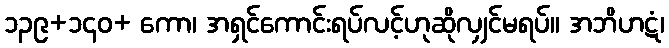
၁၃၉+၁၄၀+ ကော၊ အရှင်ကောင်းရပ်လင့်ဟုဆိုလျှင်မရပ်။ အဘိဟဋံ၊